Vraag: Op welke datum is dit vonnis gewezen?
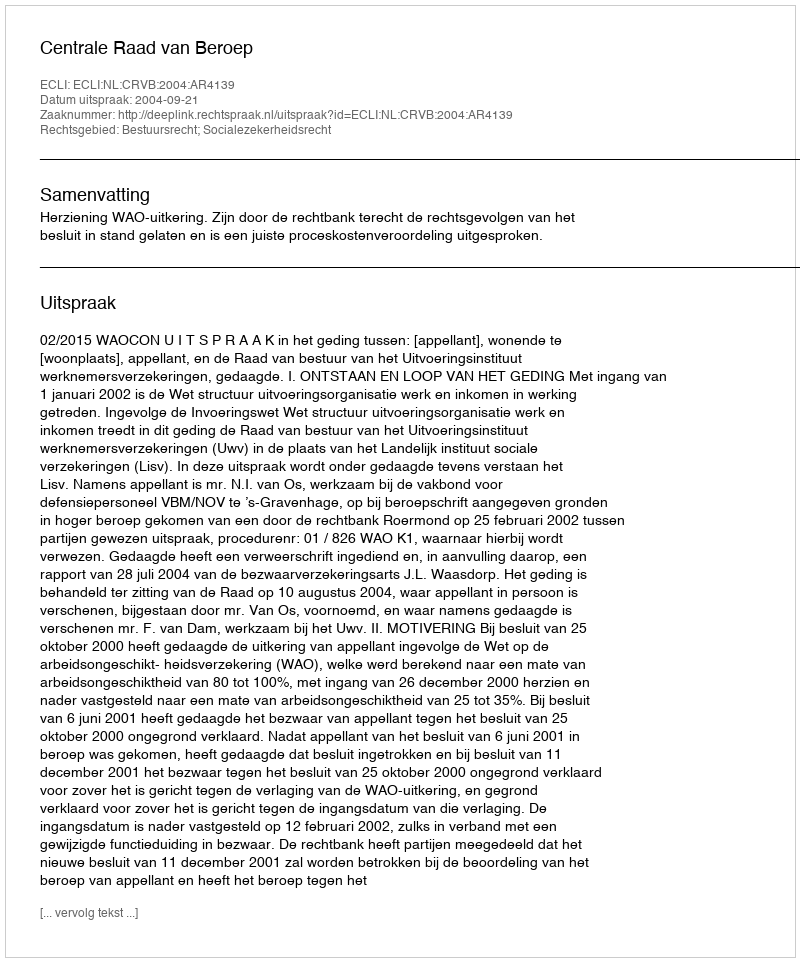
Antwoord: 2004-09-21